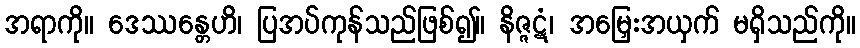
အရာကို။ ဒေဿန္တေဟိ၊ ပြအပ်ကုန်သည်ဖြစ်၍။ နိဇ္ဇဋံ၊ အမြှေးအယှက် မရှိသည်ကို။